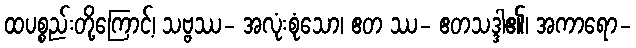
ထပစ္စည်းတို့ကြောင့်၊ သဗ္ဗဿ- အလုံးစုံသော၊ ဧတ ဿ- ဧတသဒ္ဒါ၏၊ အကာရော-